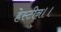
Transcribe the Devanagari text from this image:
हेस्टीन।।